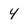
Character: 4